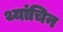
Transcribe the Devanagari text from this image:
थ्यांचिन